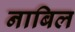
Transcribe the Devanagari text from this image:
नाबिल